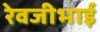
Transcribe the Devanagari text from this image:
रेवजीभाई